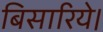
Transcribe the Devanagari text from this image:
बिसारिये।